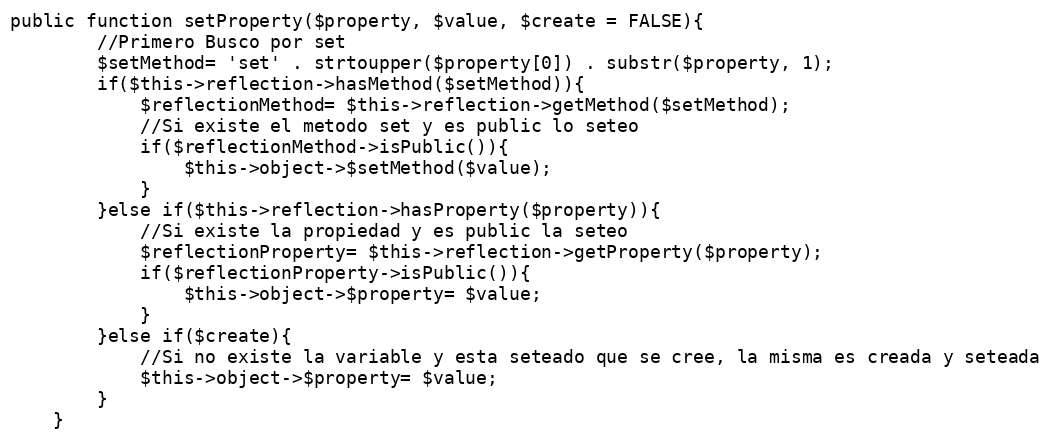
Language: PHP
public function setProperty($property, $value, $create = FALSE){
        //Primero Busco por set
        $setMethod= 'set' . strtoupper($property[0]) . substr($property, 1);
        if($this->reflection->hasMethod($setMethod)){
            $reflectionMethod= $this->reflection->getMethod($setMethod);
            //Si existe el metodo set y es public lo seteo
            if($reflectionMethod->isPublic()){
                $this->object->$setMethod($value);
            }
        }else if($this->reflection->hasProperty($property)){
            //Si existe la propiedad y es public la seteo
            $reflectionProperty= $this->reflection->getProperty($property);
            if($reflectionProperty->isPublic()){
                $this->object->$property= $value;
            }
        }else if($create){
            //Si no existe la variable y esta seteado que se cree, la misma es creada y seteada
            $this->object->$property= $value;
        }
    }